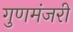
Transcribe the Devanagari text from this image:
गुणमंजरी